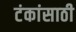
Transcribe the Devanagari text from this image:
टंकांसाठी